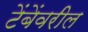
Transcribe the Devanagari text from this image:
टेंबेंवरील